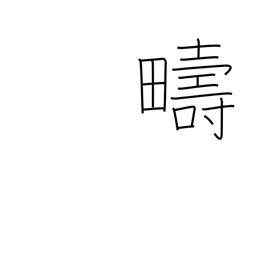
Meaning: same kind